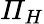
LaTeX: \mathit{\Pi}_{H}